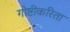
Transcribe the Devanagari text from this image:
गोष्टीकरिता